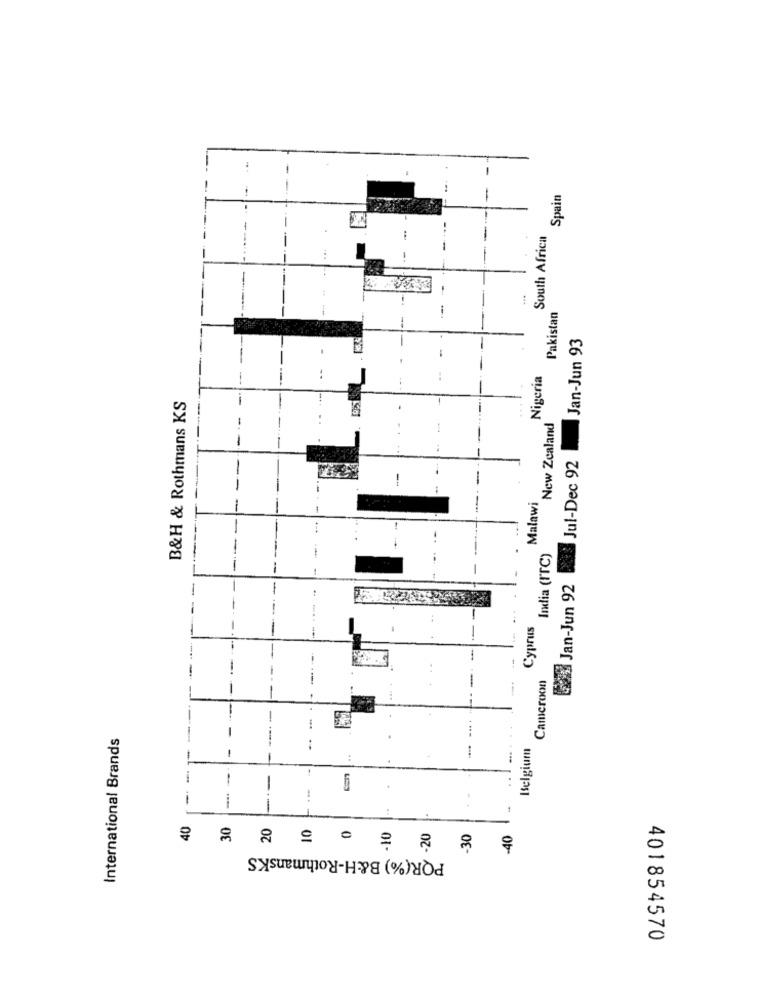
---
Spain
South Africa
-
Pakistan
Jan-Jun 93
Nigeria
B&H & Rothmans KS
-
-
New Zealand
Jul-Dec 92
Malawi
India (ITC)
Jan-Jun 92
Cyprus
-
Cameroon
....
International Brands
-
..
Belgium
:
-
.
cen
40
30
20
20
.30
-40
PQR(%) B&H-RothmansKS
401854570